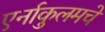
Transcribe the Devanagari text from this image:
एर्नाकुलमचे